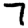
Digit: 7